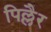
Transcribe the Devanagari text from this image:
पिल्लैर